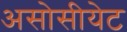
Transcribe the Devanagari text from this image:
असोसीयेट